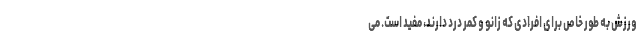
ورزش به طور خاص برای افرادی که زانو و کمر درد دارند، مفید است. می